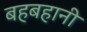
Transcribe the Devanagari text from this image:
बहबहानी